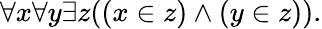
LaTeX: \forall x\forall y\exists z((x\in z)\land(y\in z)).